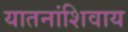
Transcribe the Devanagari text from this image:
यातनांशिवाय